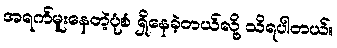
အရက်မူးနေတဲ့ပုံစံ ရှိနေခဲ့တယ်လို့ သိရပါတယ်။